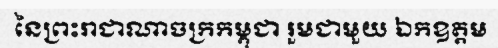
នៃព្រះរាជាណាចក្រកម្ពុជា រួមជាមួយ ឯកឧត្តម